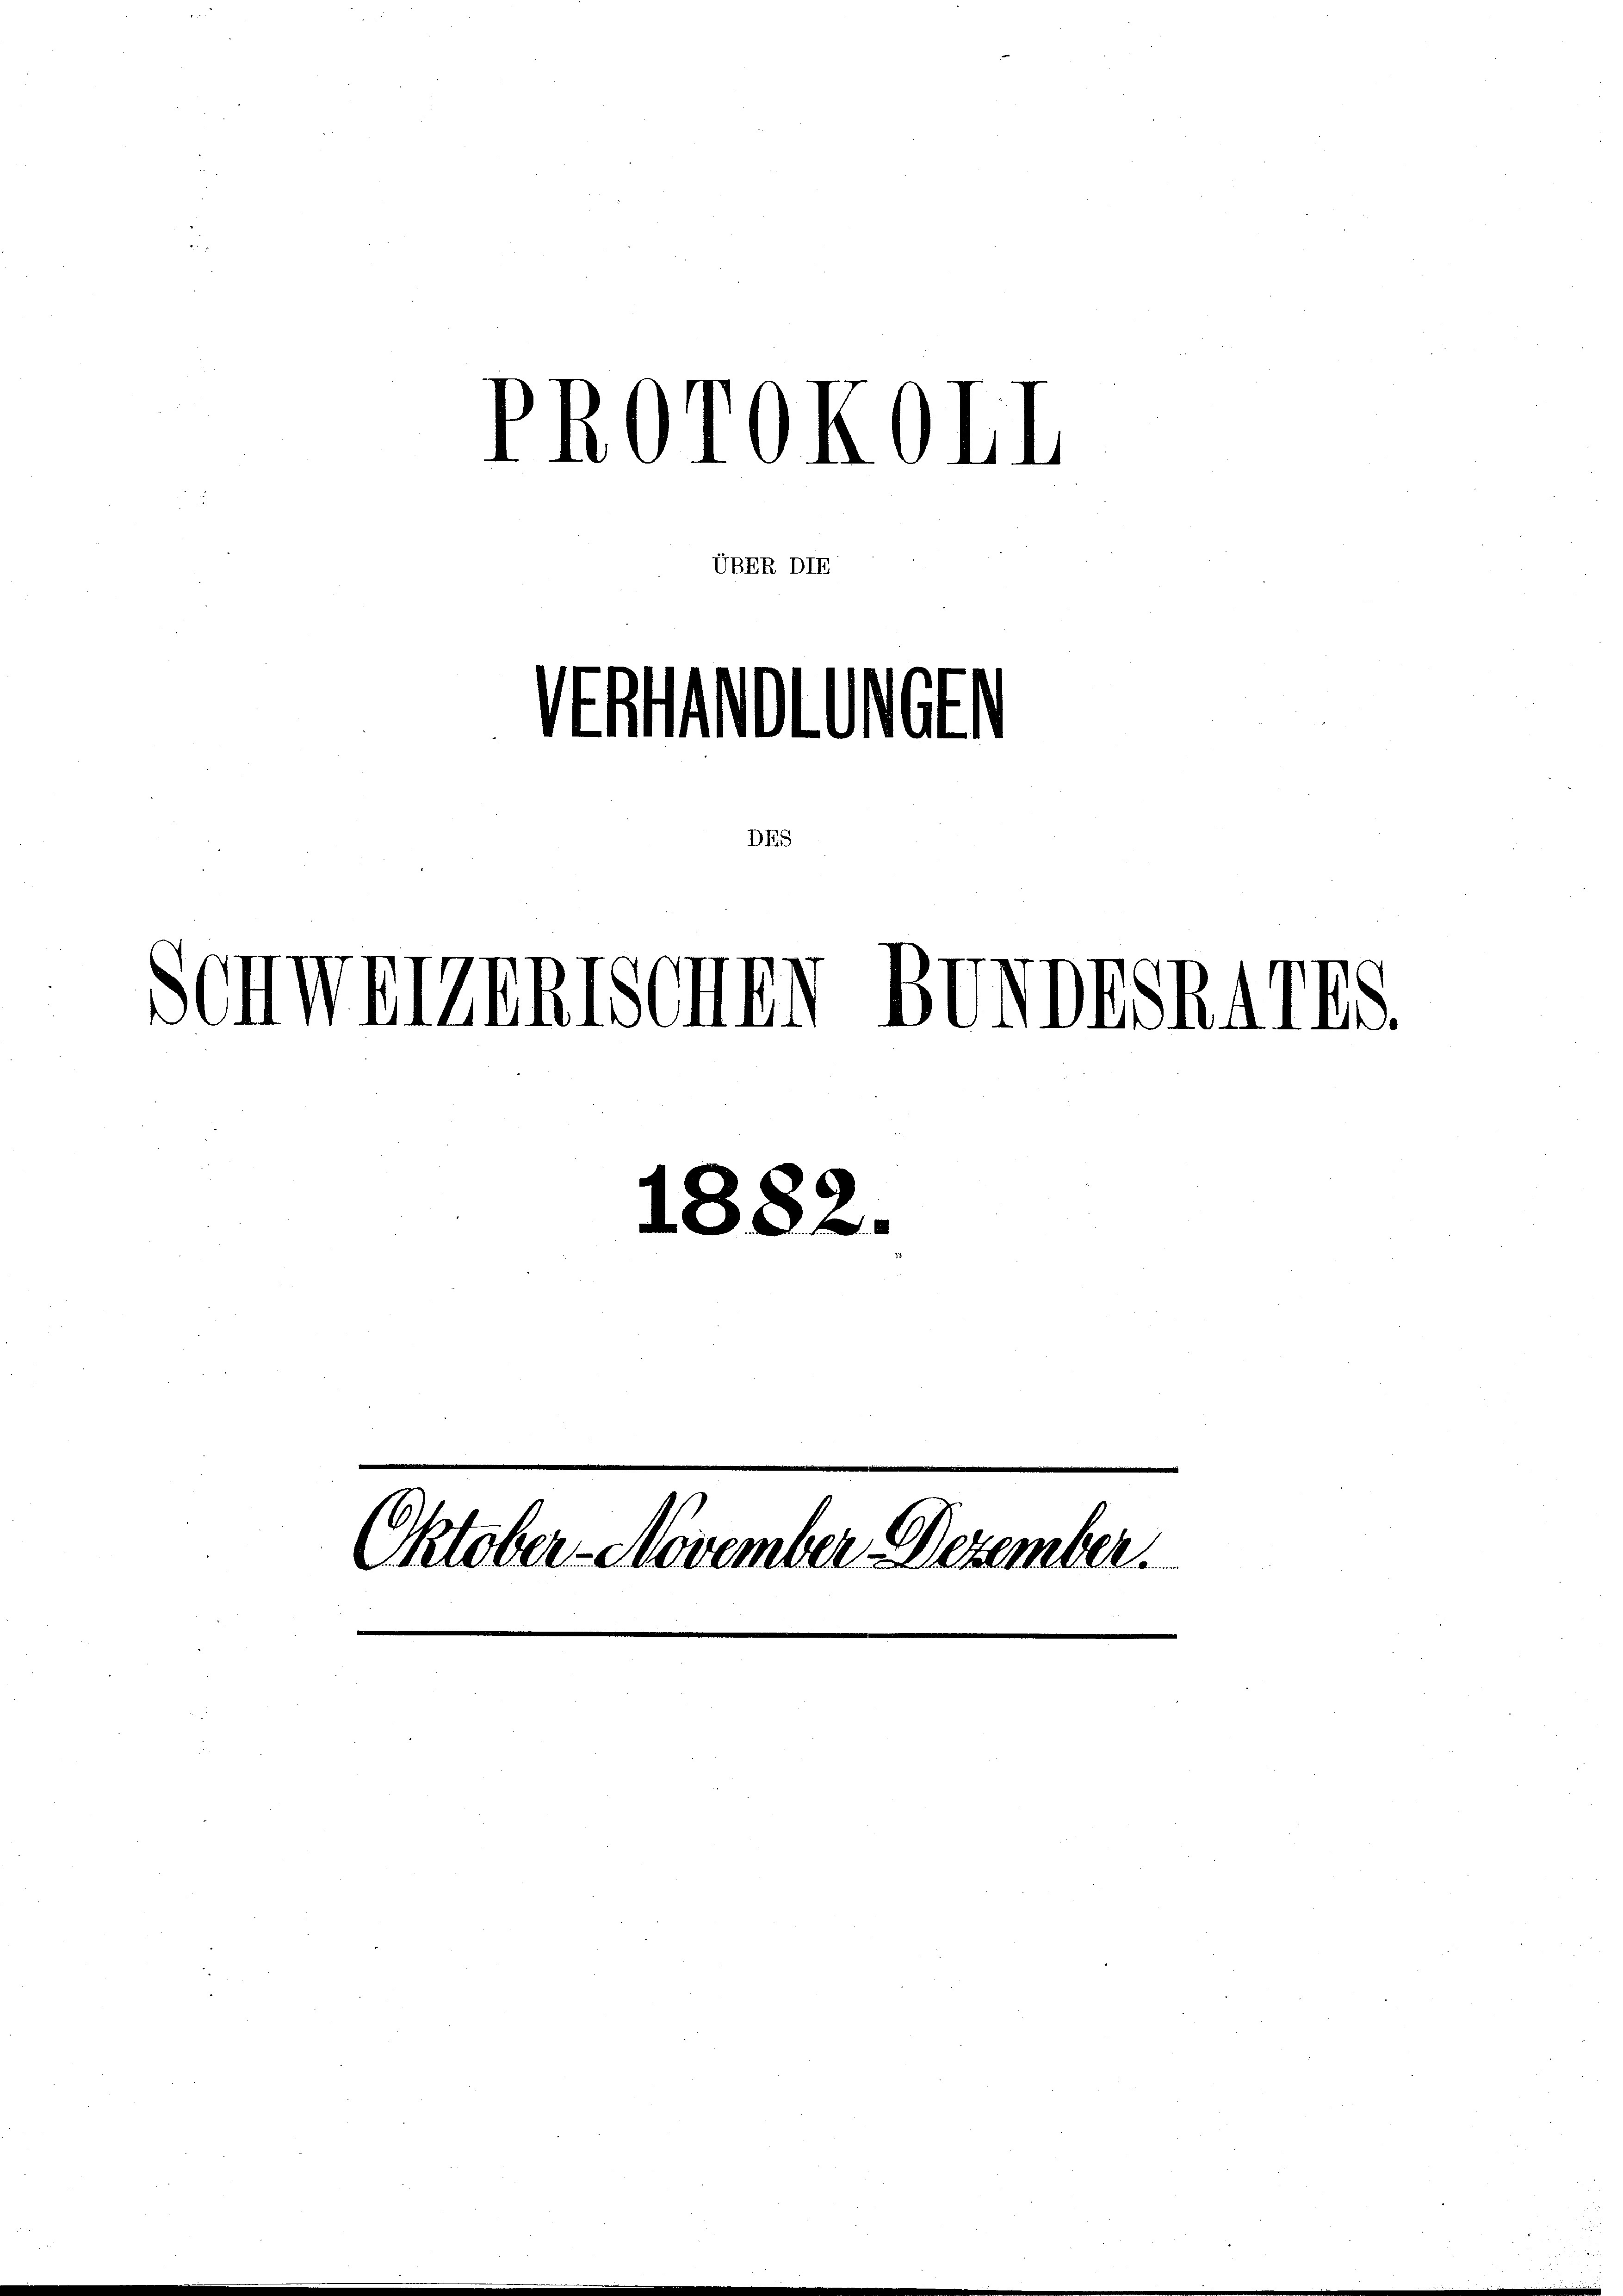
VERHANDLUNGEN

PROTOKOLL
ÜBER DIE

Schweizentschen BUNDESRATES.

1882.

Oktober-November-Dezember

.